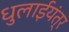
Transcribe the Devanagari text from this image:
धुलाईयंत्र